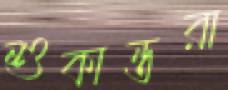
শুকান্তরা